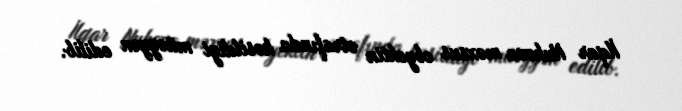
İlqar Nuhova məxsus obyektin ətrafında kəsildiyi müəyyən edilib.